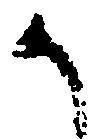
か